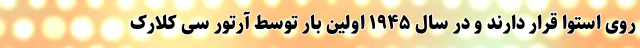
روی استوا قرار دارند و در سال ۱۹۴۵ اولین بار توسط آرتور سی کلارک